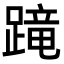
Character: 𨃸